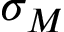
\sigma _ { M }